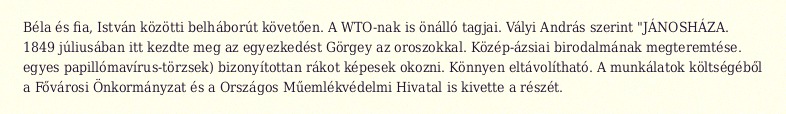
Béla és fia, István közötti belháborút követően. A WTO-nak is önálló tagjai. Vályi András szerint "JÁNOSHÁZA. 1849 júliusában itt kezdte meg az egyezkedést Görgey az oroszokkal. Közép-ázsiai birodalmának megteremtése. egyes papillómavírus-törzsek) bizonyítottan rákot képesek okozni. Könnyen eltávolítható. A munkálatok költségéből a Fővárosi Önkormányzat és a Országos Műemlékvédelmi Hivatal is kivette a részét.